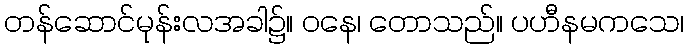
တန်ဆောင်မုန်းလအခါ၌။ ဝနေ၊ တောသည်။ ပဟီနမကသေ၊